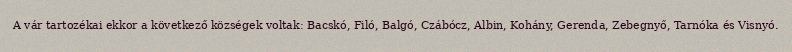
A vár tartozékai ekkor a következő községek voltak: Bacskó, Filó, Balgó, Czábócz, Albin, Kohány, Gerenda, Zebegnyő, Tarnóka és Visnyó.